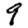
Digit: 9